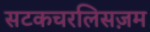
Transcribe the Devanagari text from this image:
सटकचरलिसज़म